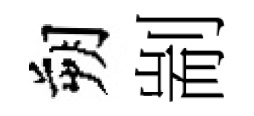
朔剬